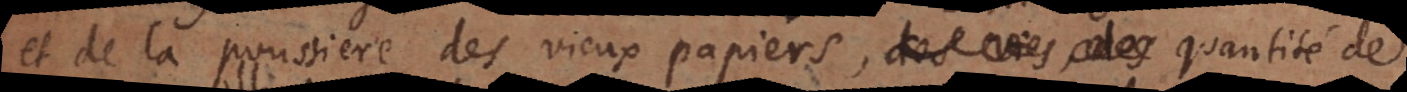
t de la poussiere des vieux papiers, des vies, des quantité de